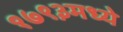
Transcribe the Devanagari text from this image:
१७९३मध्ये